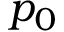
p _ { 0 }